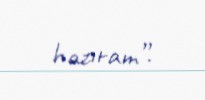
hazıram”.